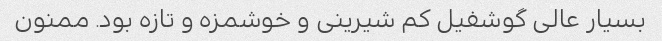
بسیار عالی گوشفیل کم شیرینی و خوشمزه و تازه بود. ممنون